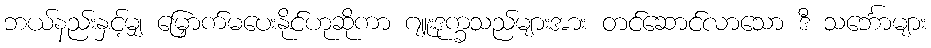
ဘယ်နည်းနှင့်မျှ မြှောက်မပေးနိုင်ဟုဆိုကာ ဂျူးဒုက္ခသည်များအား တင်ဆောင်လာသော ဒီ သင်္ဘောများ